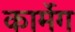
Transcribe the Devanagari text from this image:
कार्मेग